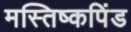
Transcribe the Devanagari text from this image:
मस्तिष्कपिंड